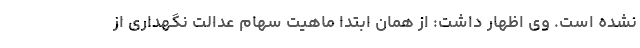
نشده است. وی اظهار داشت: از همان ابتدا ماهیت سهام عدالت نگهداری از